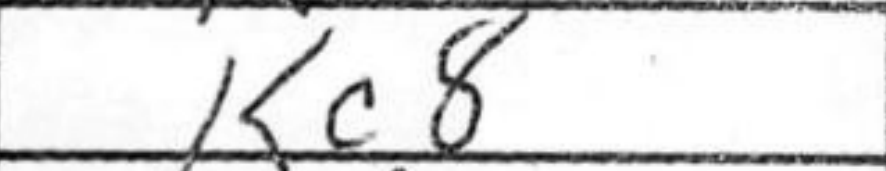
Transcription: Kc8